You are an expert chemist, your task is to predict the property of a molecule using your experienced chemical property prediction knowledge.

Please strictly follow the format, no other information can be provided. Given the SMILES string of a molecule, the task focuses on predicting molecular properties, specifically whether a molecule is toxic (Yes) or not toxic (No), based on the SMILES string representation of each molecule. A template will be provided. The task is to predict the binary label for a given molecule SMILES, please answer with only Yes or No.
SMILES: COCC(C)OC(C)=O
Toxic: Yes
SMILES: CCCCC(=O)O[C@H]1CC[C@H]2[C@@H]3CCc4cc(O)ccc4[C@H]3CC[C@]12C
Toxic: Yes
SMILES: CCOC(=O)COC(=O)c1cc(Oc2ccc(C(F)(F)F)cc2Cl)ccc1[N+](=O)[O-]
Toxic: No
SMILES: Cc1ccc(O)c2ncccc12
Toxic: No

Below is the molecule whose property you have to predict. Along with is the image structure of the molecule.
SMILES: Clc1cc2c(cc1Cl)Oc1cc(Cl)c(Cl)cc1O2
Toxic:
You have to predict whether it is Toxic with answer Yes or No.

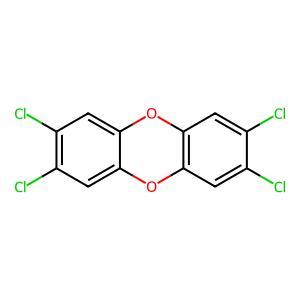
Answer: No